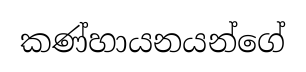
කණ්හායනයන්ගේ